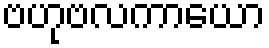
ဗဟုဗလကာယော